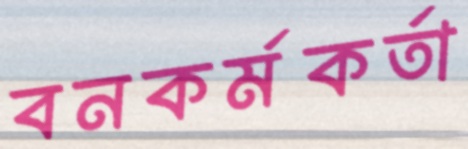
বনকর্মকর্তা